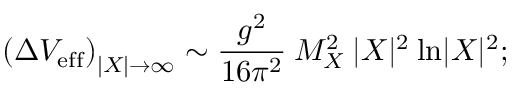
\left( \Delta V _ { \mathrm { e f f } } \right) _ { | X | \rightarrow \infty } \sim { \frac { g ^ { 2 } } { 1 6 \pi ^ { 2 } } } \: M _ { X } ^ { 2 } \: | X | ^ { 2 } \: \mathrm { l n } | X | ^ { 2 } ;